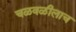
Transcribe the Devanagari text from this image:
चळवळीलाच